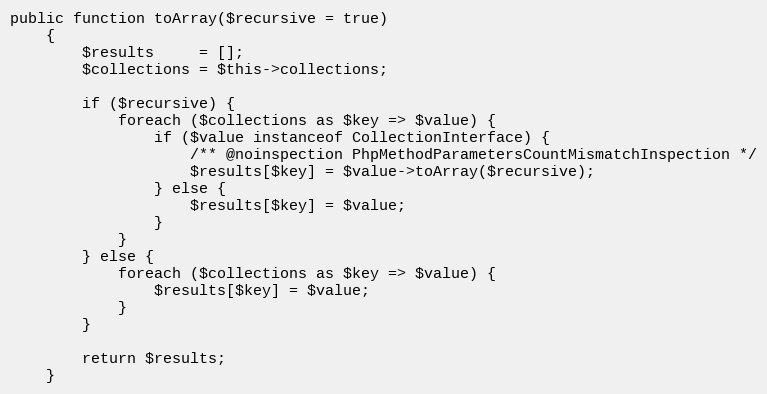
Language: PHP
public function toArray($recursive = true)
    {
        $results     = [];
        $collections = $this->collections;

        if ($recursive) {
            foreach ($collections as $key => $value) {
                if ($value instanceof CollectionInterface) {
                    /** @noinspection PhpMethodParametersCountMismatchInspection */
                    $results[$key] = $value->toArray($recursive);
                } else {
                    $results[$key] = $value;
                }
            }
        } else {
            foreach ($collections as $key => $value) {
                $results[$key] = $value;
            }
        }

        return $results;
    }